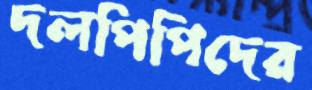
দলপিপিদের